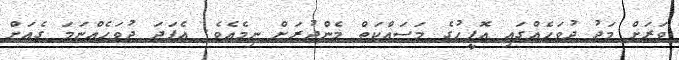
ވަރަށް މަދު ދުވަހެއްގައި އޮފީހުގެ މަސައްކަތް މެންދުރަށް ނިމެއެވެ. އެފަދަ ދުވަހެއްނަމަ ގެއަށް